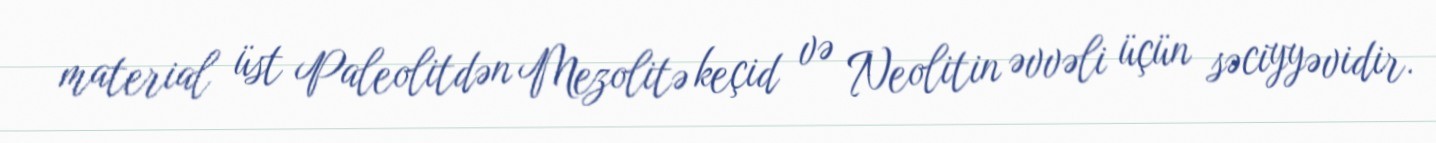
material üst Paleolitdən Mezolitə keçid və Neolitin əvvəli üçün səciyyəvidir.